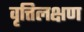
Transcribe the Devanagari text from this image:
वृत्तिलक्षण